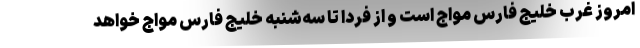
امروز غرب خلیج فارس مواج است و از فردا تا سه‌شنبه خلیج فارس مواج خواهد